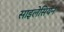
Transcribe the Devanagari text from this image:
साइलेसियन